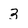
Character: 3